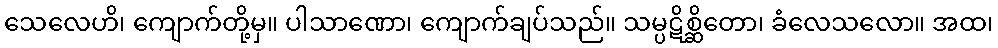
သေလေဟိ၊ ကျောက်တို့မှ။ ပါသာဏော၊ ကျောက်ချပ်သည်။ သမ္ပဋိစ္ဆိတော၊ ခံလေသလော။ အထ၊